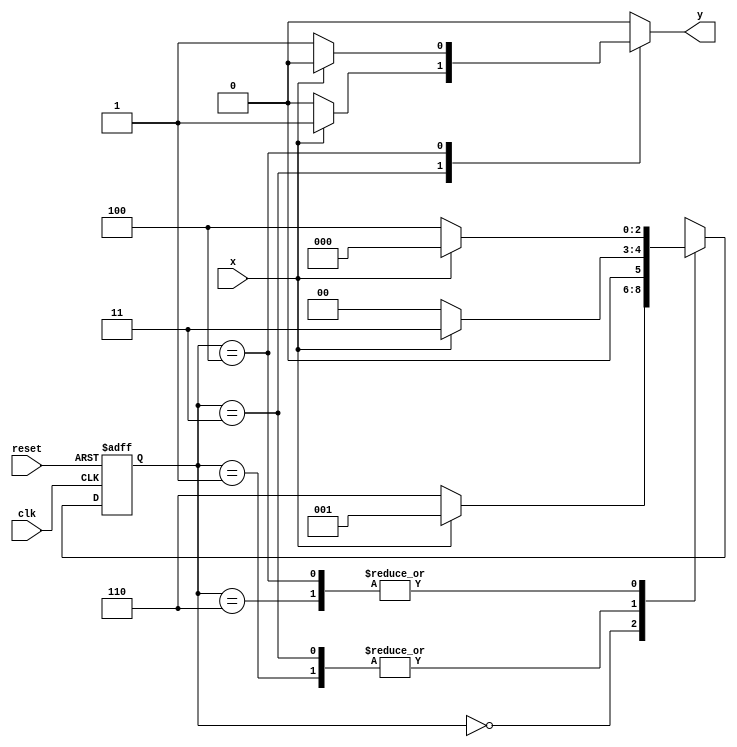
// Guia 10-4 
// Nome: Marley Ribeiro
//--------------------------------------------------

`define found    1
`define notfound 0


module exerextra4 ( y, x, clk, reset );

	output y;
	input  x;
	input  clk;
	input  reset;

	reg    y;

	parameter         
		start  = 3'b000,
		id1    = 3'b001,
		id11   = 3'b011,
		id0    = 3'b110,
		id00   = 3'b100;

	reg [2:0] E1;	
		reg [2:0] E2;	

	// next state logic
   always @( x or E1 )
		begin
		y = `notfound;

		case ( E1 )
			start:
				if ( x )
					E2 = id1;
				else
					E2 = id0;
				
			id1:
				if ( x )
					E2 = id11;
				else
					E2 = start;

			id11:
				if ( x )
				begin
					E2 =  id11;
					y  = `found;
				end
				else
				begin
					E2 =  start;
					y  = `notfound;
				end
			
			id0:
				if ( x )
					E2 = start;
				else
					E2 = id00;

			id00:
				if ( x )
				begin
					E2 =  start;
					y  = `notfound;
				end
				else
				begin
					E2 =  id00;
					y  = `found;
				end
	 
			default:  
				E2 =  3'bxxx;
		endcase
	  
		end 
		

	
		always @( posedge clk or negedge reset )
		begin
			if ( reset )
				E1 = E2;    
							else
				E1 = 0;     
		end // always at signal changing

endmodule 

module Exerextra4;
	
	reg   clk, reset, x;
	wire  m1;

	exerextra4 M4 ( m1, x, clk, reset );

	initial
	begin

	$display ( "\n Marley Ribeiro" );
   $display ( "Time x ex4" );


       clk   = 1;
       reset = 0;
       x     = 0;


		#10   reset = 1;
		#10  x = 1;
		#10  x = 0;
		#10  x = 0;
		#10  x = 1;
		#10  x = 0;
		#10  x = 1;
		#10  x = 1;
		#10  x = 1;
		#10  x = 1;
		#10  x = 0;
		#10  x = 1;
		#10  x = 1;
		#10  x = 1;
		#10  x = 0;
		#10  x = 0;
		#10  x = 0;
		#10  x = 0;
		#10  x = 1;
		
		#5 $finish;
	
	end 

	always
		#5 clk = ~clk;

	always @( posedge clk )
	begin
		$display ( "%4d \t%b\t%b", $time, x, m1);
	end

endmodule